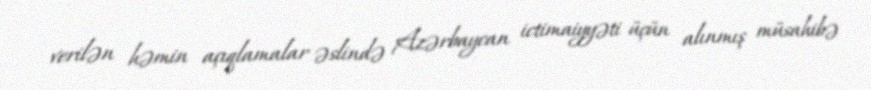
verilən həmin açıqlamalar əslində Azərbaycan ictimaiyyəti üçün alınmış müsahibə